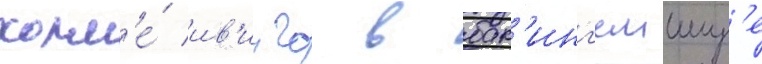
холм'е́ ив'инго в бак'инг'емшир'е